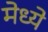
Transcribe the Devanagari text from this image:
मेध्ये